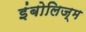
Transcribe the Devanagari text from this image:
इंबोलिज्म